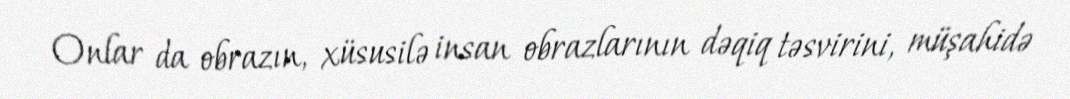
Onlar da obrazın, xüsusilə insan obrazlarının dəqiq təsvirini, müşahidə